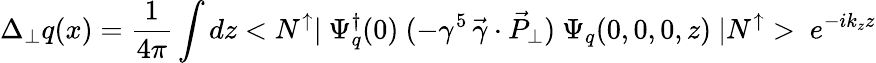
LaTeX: \Delta_{\perp}q(x)={\frac{1}{4\pi}}\int dz<N^{\uparrow}|\ \Psi_{q}^{\dagger}(0)\ (-\gamma^{5}\, \vec{\gamma}\cdot\vec{P}_{\perp})\ \Psi_{q}(0,0,0,z)\ |N^{\uparrow}>\ e^{-ik_{z}z}